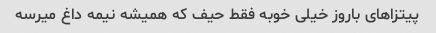
پیتزاهای باروز خیلی خوبه فقط حیف که همیشه نیمه داغ میرسه